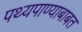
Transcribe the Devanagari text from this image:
पथ्यपाण्याबाबत